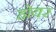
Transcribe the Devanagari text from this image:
होयर